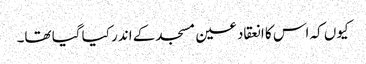
کیوں کہ اس کا انعقاد عین مسجد کے اندر کیا گیا تھا۔